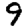
Digit: 9